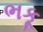
ભકૂ